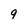
Character: 9